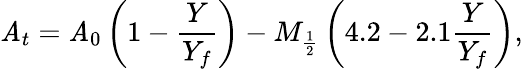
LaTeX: \mathit{A}_{t}=\mathit{A}_{0}\left(1-\frac{{Y}}{{Y_{f}}}\right)-M_{\frac{{1}}{{2}}}\left(4.2-2.1\frac{{Y}}{{Y_{f}}}\right),